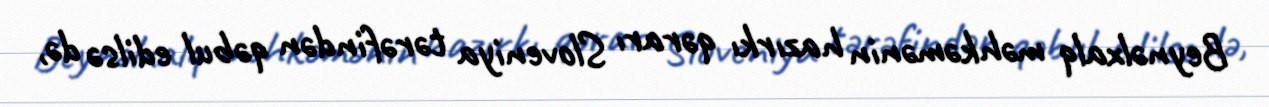
Beynəlxalq məhkəmənin hazırkı qərarı Sloveniya tərəfindən qəbul edilsə də,